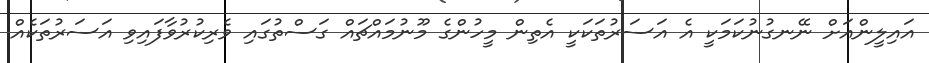
އައިލީންއަށް ނޭނގުނުކަމަކީ އެ އަސަރުތަކަކީ އެތިން މީހުންގެ މޫނުމައްޗައް ގަސްތުގައި ވެރިކުރުވާފައިވި އަސަރުތަކެއް